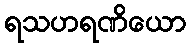
ရသဟရဏိယော